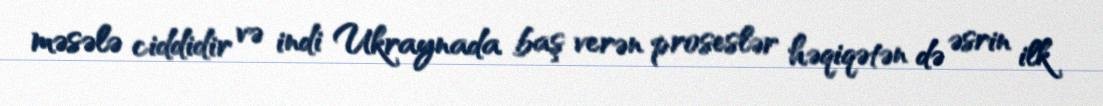
məsələ ciddidir və indi Ukraynada baş verən proseslər həqiqətən də əsrin ilk